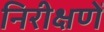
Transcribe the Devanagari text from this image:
निरीक्षणें